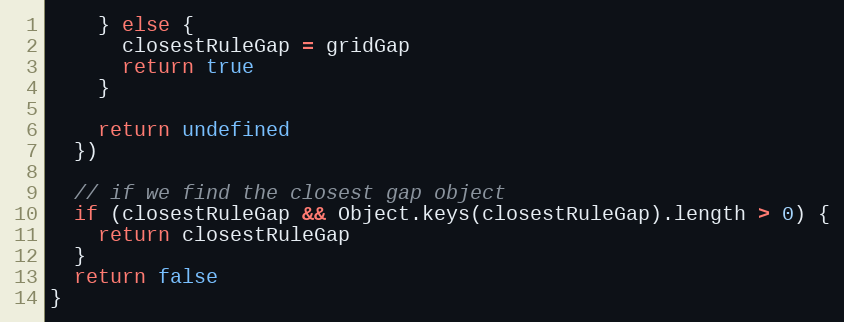
Language: JavaScript
    } else {
      closestRuleGap = gridGap
      return true
    }

    return undefined
  })

  // if we find the closest gap object
  if (closestRuleGap && Object.keys(closestRuleGap).length > 0) {
    return closestRuleGap
  }
  return false
}